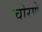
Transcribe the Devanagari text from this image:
चोरणे